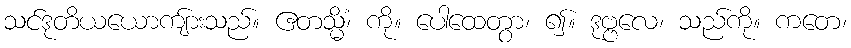
သင်ဒုတိယယောကျ်ားသည်။ ဧတသ္မိံ၊ ကို။ ပေါထေတွာ၊ ၍။ ဒုဗ္ဗလေ၊ သည်ကို။ ကတေ၊